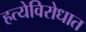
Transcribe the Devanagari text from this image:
हत्येविरोधात